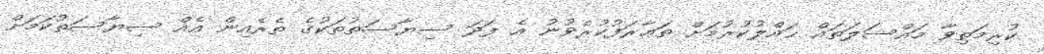
ކުރިމަތިވާ މައްސަލަތައް ޙައްލުކުރުމަށް ތަޢާރަފުކުރެވުނު އެ ފަދަ ސިޔާސަތުތަކުގެ ތެރެއިން އެއް ސިޔާސަތުކަމަށް